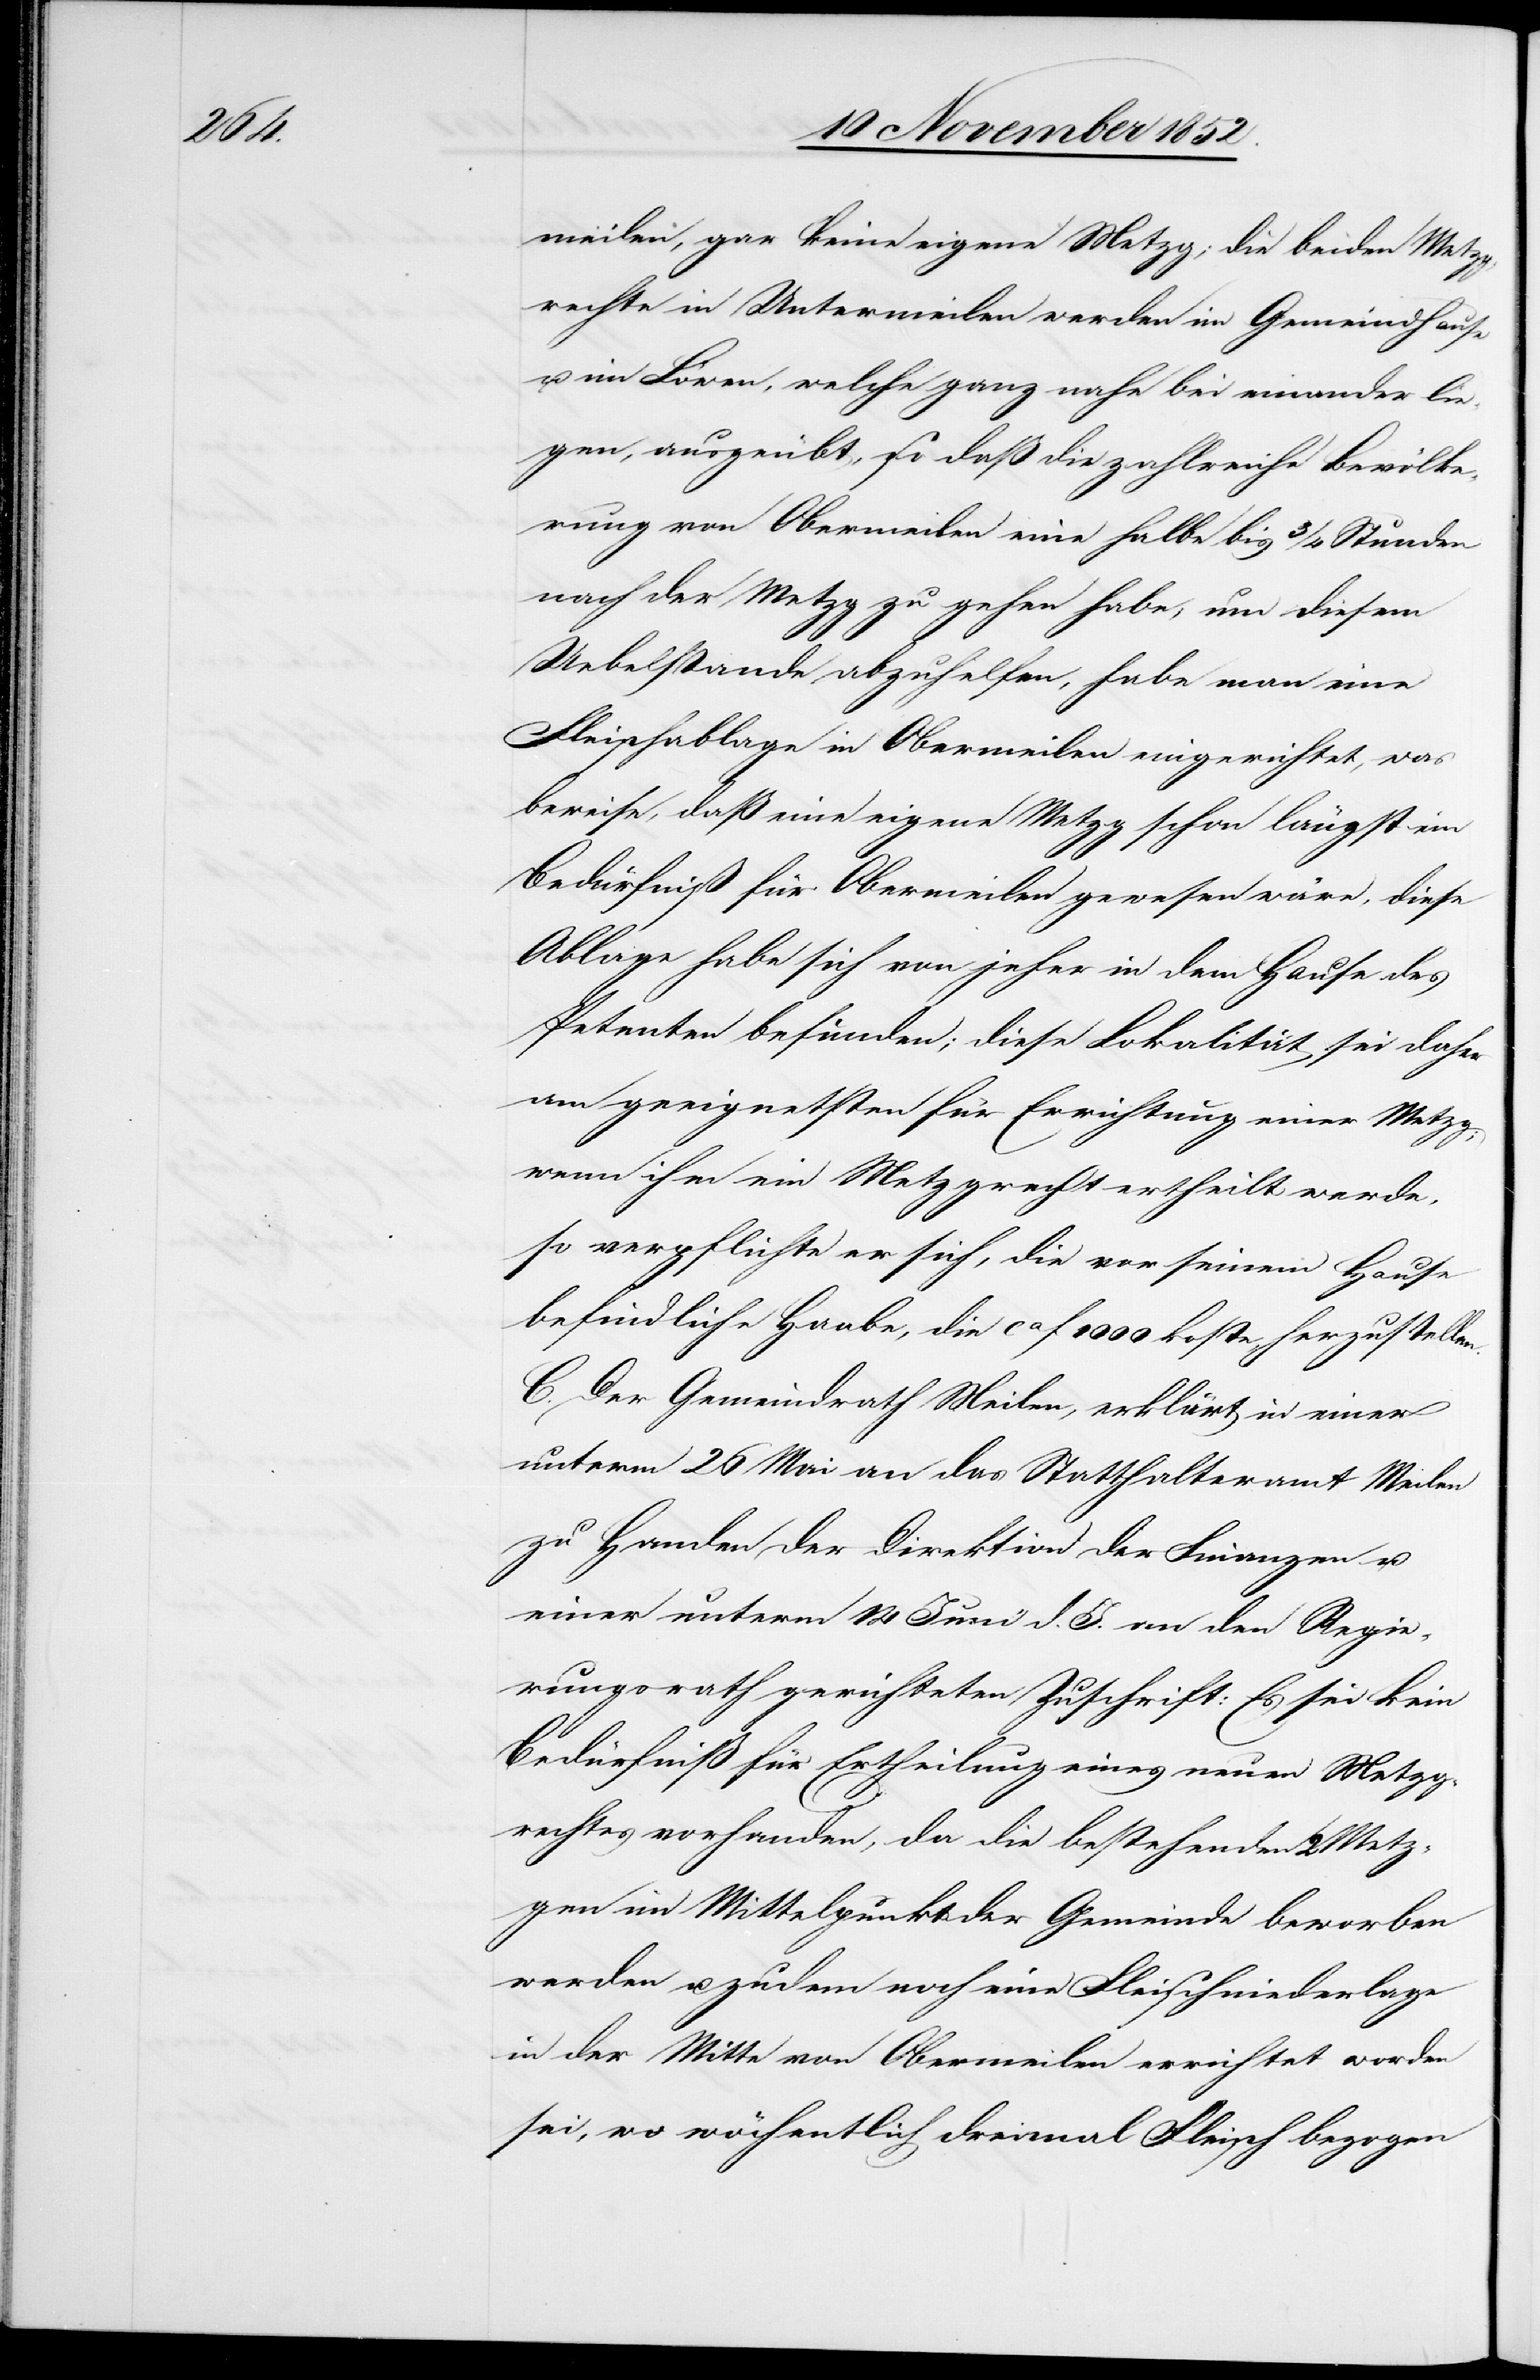
meilen, gar keine eigene Metzg; die beiden Metzg¬
rechte in Untermeilen werden im Gemeindhause
u. im Löwen, welche ganz nahe bei einander lie¬
gen, ausgeübt, so daß die zahlreiche Bevölke¬
rung von Obermeilen eine halbe bis 3/4 Stunden
nach der Metzg zu gehen habe; um diesem
Uebelstande abzuhelfen, habe man eine
Fleischablage in Obermeilen eingerichtet, was
beweise, daß eine eigene Metzg schon längst im
Bedürfniß für Obermeilen gewesen wäre, diese
Ablage habe sich von jeher in dem Hause des
Petenten befunden; diese Lokalität sei daher
am geeignetsten für Errichtung einer Metzg;
wenn ihm ein Metzgrecht ertheilt werde,
so verpflichte er sich, die vor seinem Hause
befindliche Haabe, die ca f 1000 koste, herzustellen.
C. Der Gemeindrath Meilen, erklärt in einer
unterm 26 Mai an das Statthalteramt Meilen
zu Handen der Direktion der Finanzen u.
einer unterm 14 Juni d. J. an den Regie¬
rungsrath gerichteten Zuschrift: Es sei kein
Bedürfniß für Ertheilung eines neuen Metzg¬
rechtes vorhanden, da die bestehenden 2 Metz¬
gen im Mittelpunkt der Gemeinde beworben
werden u. zudem noch eine Fleischniederlage
in der Mitte von Obermeilen errichtet worden
sei, wo wöchentlich dreimal Fleisch bezogen